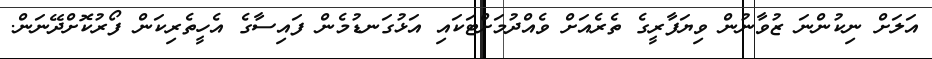
އަލަށް ނިކުންނަ ޒުވާނުން ވިޔަފާރީގެ ތެރެއަށް ވެއްދުމަށްޓަކައި އަޅުގަނޑުމެން ފައިސާގެ އެހީތެރިކަން ފޯރުކޮށްދޭނަން.